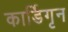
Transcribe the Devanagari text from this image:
कार्डिगृन